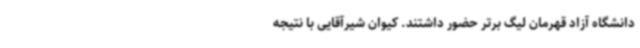
دانشگاه آزاد قهرمان لیگ برتر حضور داشتند. کیوان شیرآقایی با نتیجه